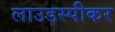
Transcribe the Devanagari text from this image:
लाउडस्‍पीकर